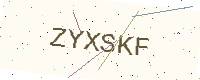
Text: ZYXSKF